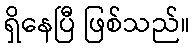
ရှိနေပြီ ဖြစ်သည်။